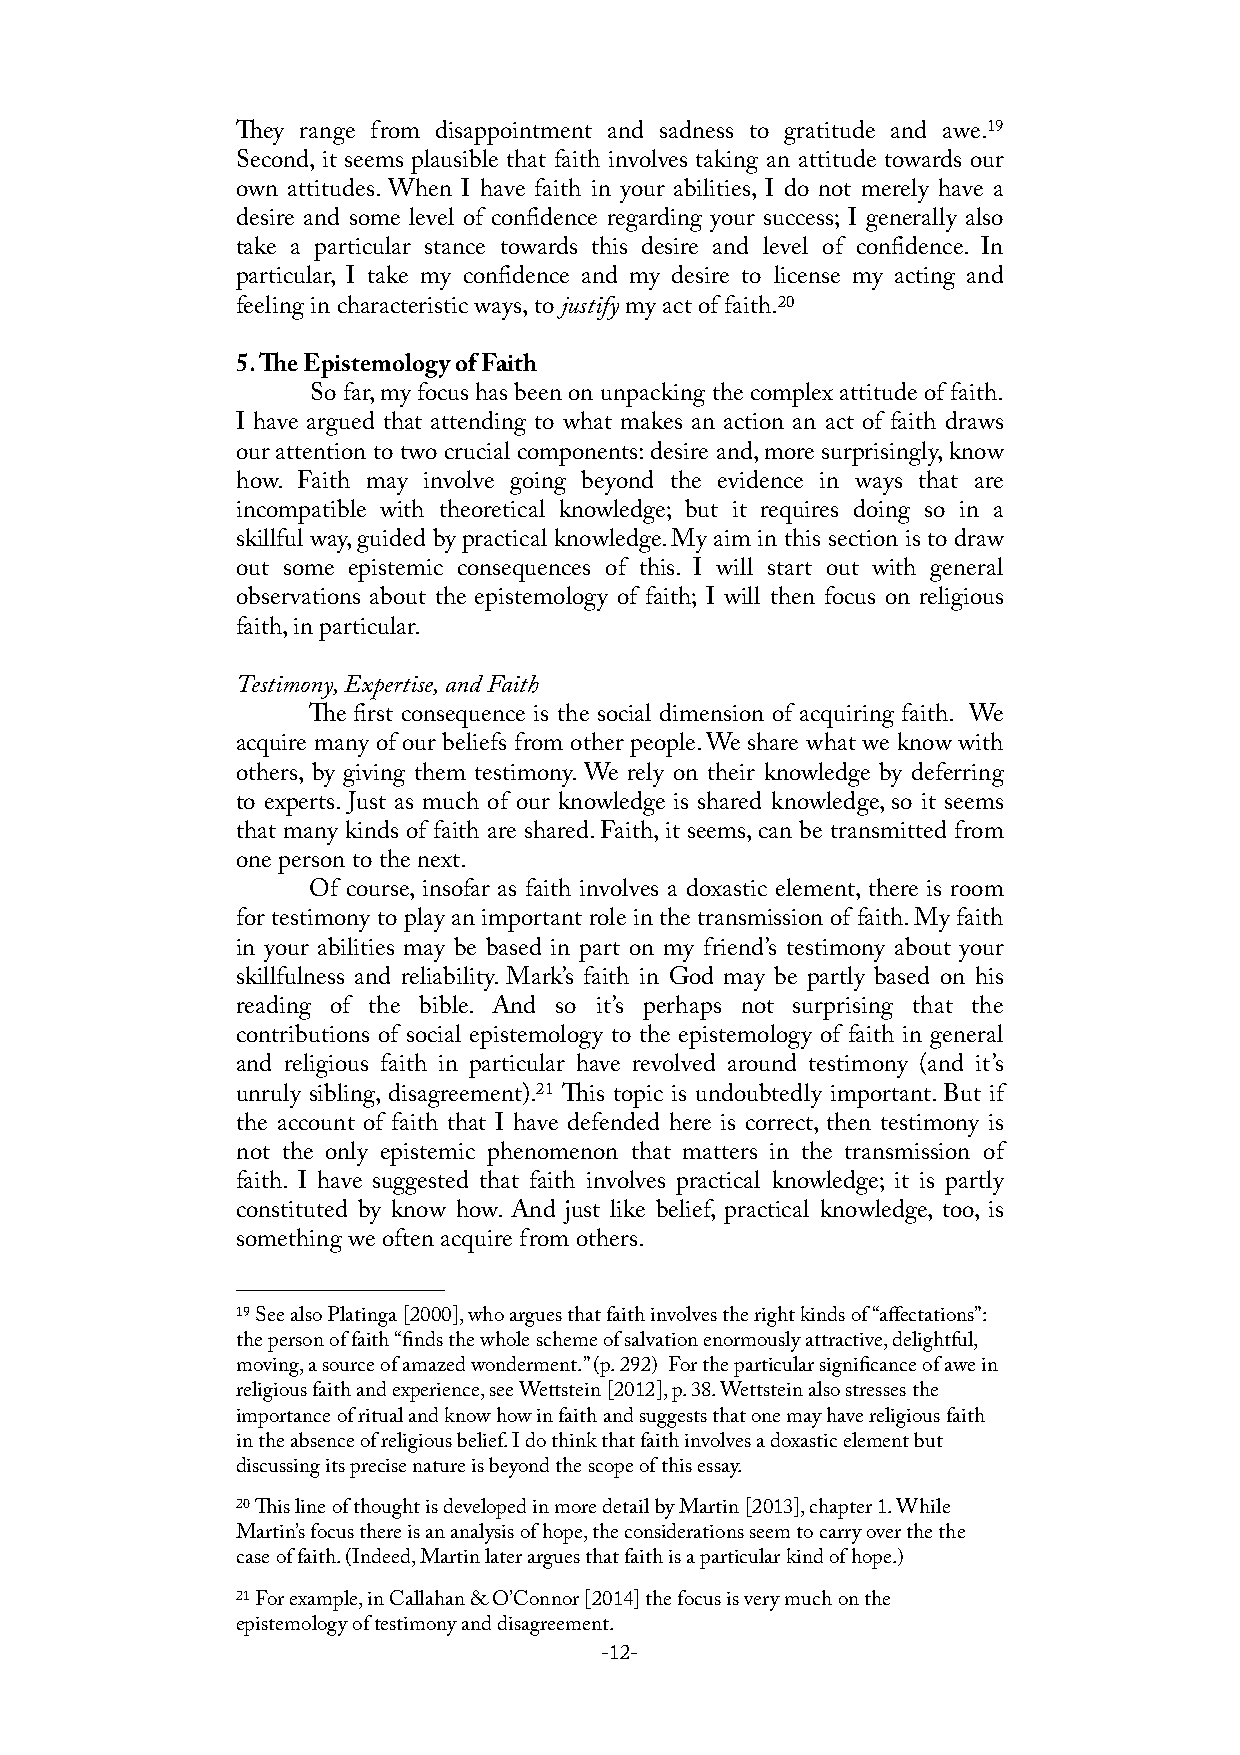
ey range from disappointment and sadness to gratitude and awe.19
 Second, it seems plausible that faith involves taking an attitude towards our
 own attitudes. When I have faith in your abilities, I do not merely have a
 desire and some level of confidence regarding your success; I generally also
 take a particular stance towards this desire and level of confidence. In
 particular, I take my confidence and my desire to license my acting and
 feeling in characteristic ways, to justify my act of faith.20
 5. e Epistemology of Faith
 So far, my focus has been on unpacking the complex attitude of faith.
 I have argued that attending to what makes an action an act of faith draws
 our attention to two crucial components: desire and, more surprisingly, know
 how. Faith may involve going beyond the evidence in ways that are
 incompatible with theoretical knowledge; but it requires doing so in a
 skillful way, guided by practical knowledge. My aim in this section is to draw
 out some epistemic consequences of this. I will start out with general
 observations about the epistemology of faith; I will then focus on religious
 faith, in particular.
 Testimony, Expertise, and Faith
 e first consequence is the social dimension of acquiring faith. We
 acquire many of our beliefs from other people. We share what we know with
 others, by giving them testimony. We rely on their knowledge by deferring
 to experts. Just as much of our knowledge is shared knowledge, so it seems
 that many kinds of faith are shared. Faith, it seems, can be transmitted from
 one person to the next.
 Of course, insofar as faith involves a doxastic element, there is room
 for testimony to play an important role in the transmission of faith. My faith
 in your abilities may be based in part on my friend’s testimony about your
 skillfulness and reliability. Mark’s faith in God may be partly based on his
 reading of the bible. And so it’s perhaps not surprising that the
 contributions of social epistemology to the epistemology of faith in general
 and religious faith in particular have revolved around testimony (and it’s
 unruly sibling, disagreement).21 is topic is undoubtedly important. But if
 the account of faith that I have defended here is correct, then testimony is
 not the only epistemic phenomenon that matters in the transmission of
 faith. I have suggested that faith involves practical knowledge; it is partly
 constituted by know how. And just like belief, practical knowledge, too, is
 something we often acquire from others.
 19 See also Platinga [2000], who argues that faith involves the right kinds of “affectations”:
 the person of faith “finds the whole scheme of salvation enormously attractive, delightful,
 moving, a source of amazed wonderment.” (p. 292) For the particular significance of awe in
 religious faith and experience, see Wettstein [2012], p. 38. Wettstein also stresses the
 importance of ritual and know how in faith and suggests that one may have religious faith
 in the absence of religious belief. I do think that faith involves a doxastic element but
 discussing its precise nature is beyond the scope of this essay.
 20 is line of thought is developed in more detail by Martin [2013], chapter 1. While
 Martin’s focus there is an analysis of hope, the considerations seem to carry over the the
 case of faith. (Indeed, Martin later argues that faith is a particular kind of hope.)
 21 For example, in Callahan & O’Connor [2014] the focus is very much on the
 epistemology of testimony and disagreement.
 -12-